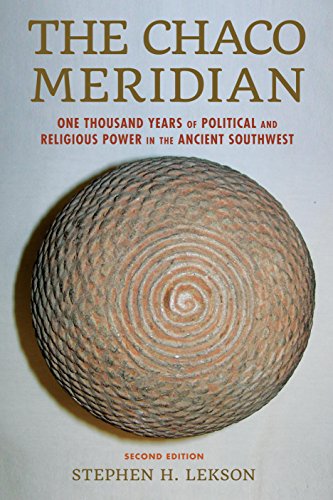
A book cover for The Chaco Meridian: One Thousand Years of Political and Religious Power in the Ancient Southwest; Stephen H. Lekson; Science & Math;